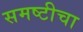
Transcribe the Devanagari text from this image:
समष्टीचा